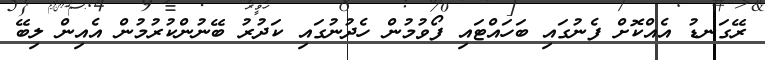
ރޭގަނޑު އެއްކޮށް ފެނުގައި ބަހައްޓައި ފޯވުމުން ހެދުނުގައި ކަދުރު ބޭނުންކުރުމުން އެއިން ލިބޭ